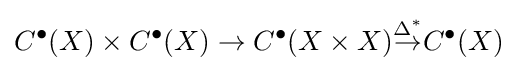
\displaystyle C^{\bullet }(X)\times C^{\bullet }(X)\to C^{\bullet }(X\times X){\overset {\Delta ^{*}}{\to }}C^{\bullet }(X)